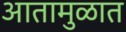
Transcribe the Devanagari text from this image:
आतामुळात